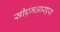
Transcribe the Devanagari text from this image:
सीएमआरएस